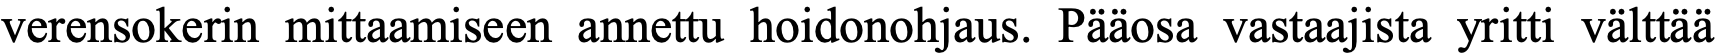
verensokerin mittaamiseen annettu hoidonohjaus. Pääosa vastaajista yritti välttää